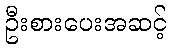
ဦးစားပေးအဆင့်